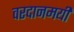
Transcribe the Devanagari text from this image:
वरदानमयी